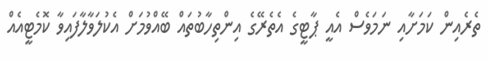
ތެރެއިން ކަމަށާއި ނަމަވެސް އެއީ ޕާޓީގެ އެތެރޭގެ އިންތިހާބުތައް ބޭއްވުމަށް އެކުލަވާލާފައިވާ ކޮމެޓީއެއް